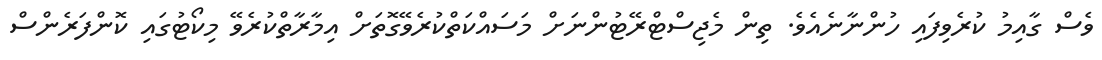
ވެސް ގާއިމު ކުރެވިފައި ހުންނާނެއެވެ. ތިން މެޖިސްޓްރޭޓުންނަށް މަސައްކަތްކުރެވޭގޮތަށް އިމާރާތްކުރެވޭ މިކޯޓުގައި ކޮންފަރެންސް